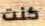
كنت